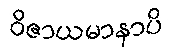
ဝိဇာယမာနာပိ